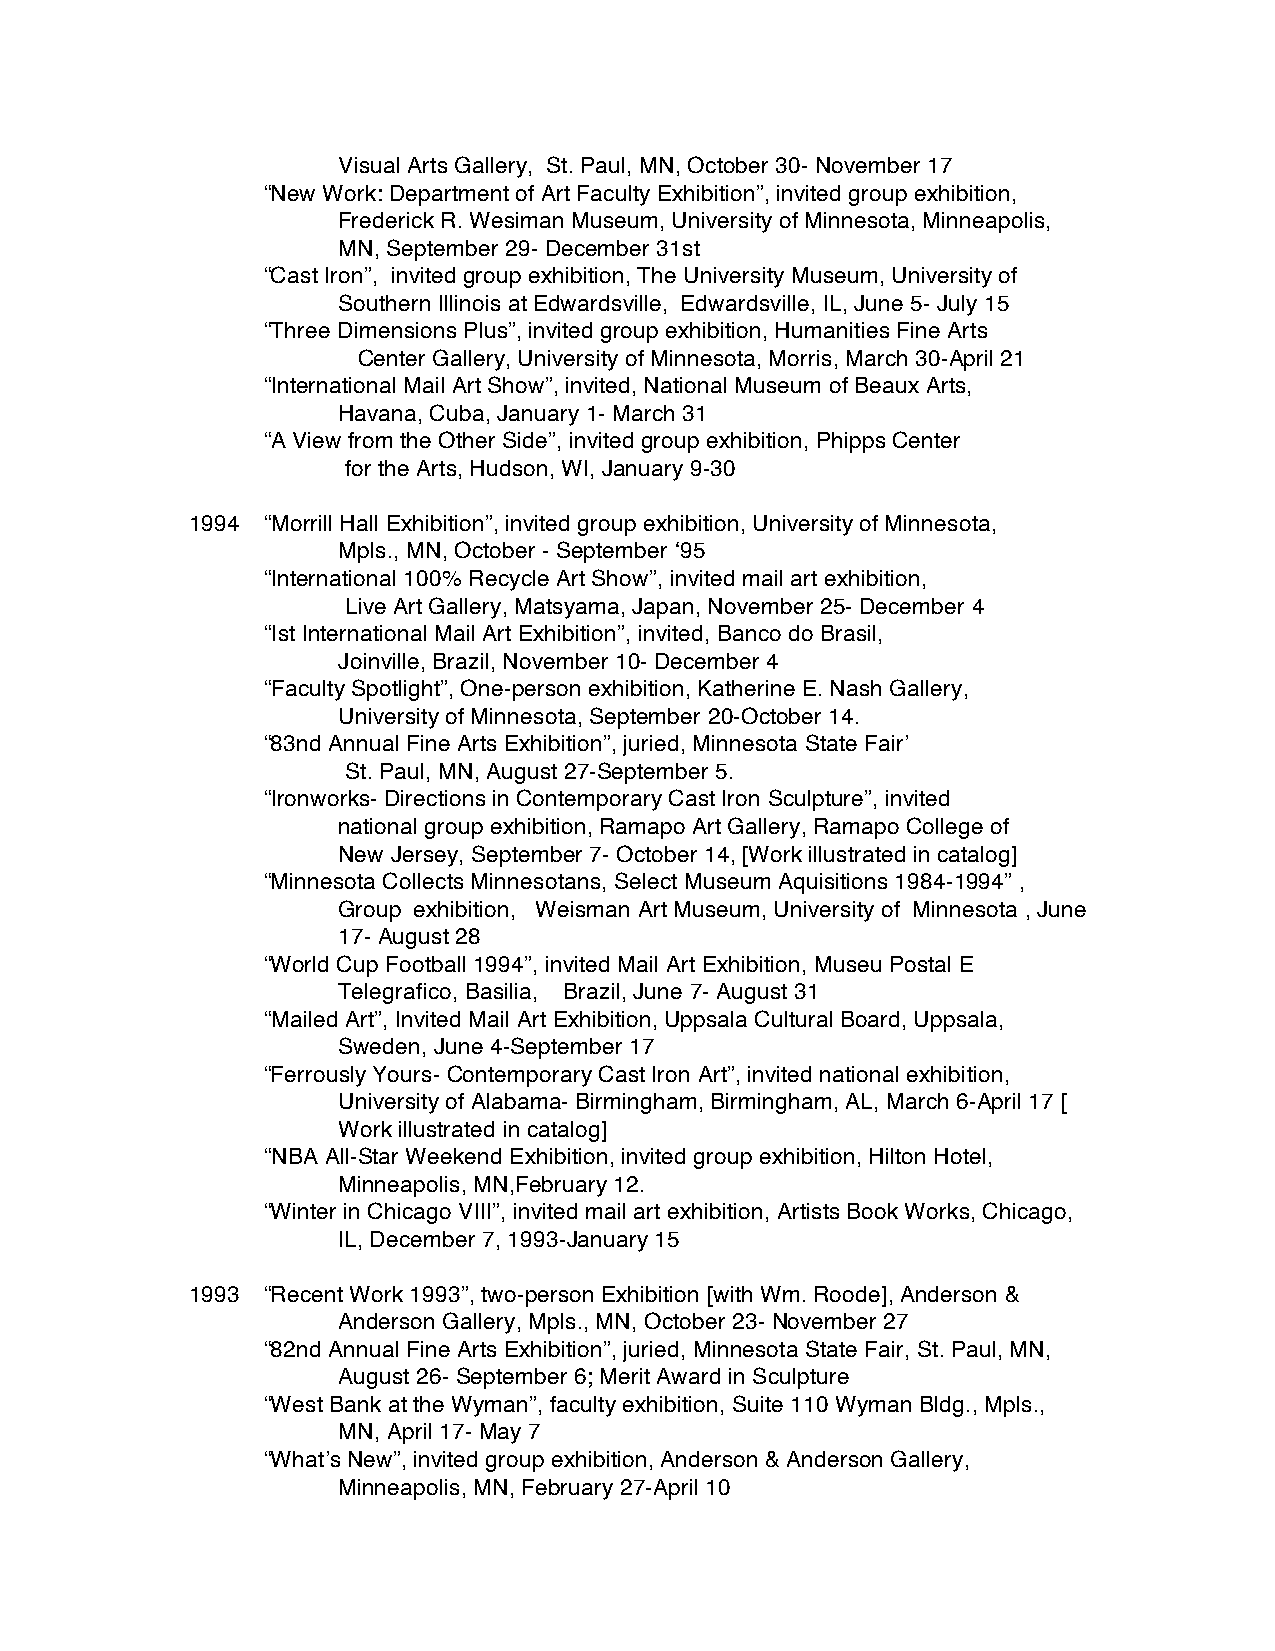
Visual Arts Gallery, St. Paul, MN, October 30- November 17
 “New Work: Department of Art Faculty Exhibition”, invited group exhibition,
 Frederick R. Wesiman Museum, University of Minnesota, Minneapolis,
 MN, September 29- December 31st
 “Cast Iron”, invited group exhibition, The University Museum, University of
 Southern Illinois at Edwardsville, Edwardsville, IL, June 5- July 15
 “Three Dimensions Plus”, invited group exhibition, Humanities Fine Arts
 Center Gallery, University of Minnesota, Morris, March 30-April 21
 “International Mail Art Show”, invited, National Museum of Beaux Arts,
 Havana, Cuba, January 1- March 31
 “A View from the Other Side”, invited group exhibition, Phipps Center
 for the Arts, Hudson, WI, January 9-30
 1994 “Morrill Hall Exhibition”, invited group exhibition, University of Minnesota,
 Mpls., MN, October - September ‘95
 “International 100% Recycle Art Show”, invited mail art exhibition,
 Live Art Gallery, Matsyama, Japan, November 25- December 4
 “Ist International Mail Art Exhibition”, invited, Banco do Brasil,
 Joinville, Brazil, November 10- December 4
 “Faculty Spotlight”, One-person exhibition, Katherine E. Nash Gallery,
 University of Minnesota, September 20-October 14.
 “83nd Annual Fine Arts Exhibition”, juried, Minnesota State Fair’
 St. Paul, MN, August 27-September 5.
 “Ironworks- Directions in Contemporary Cast Iron Sculpture”, invited
 national group exhibition, Ramapo Art Gallery, Ramapo College of
 New Jersey, September 7- October 14, [Work illustrated in catalog]
 “Minnesota Collects Minnesotans, Select Museum Aquisitions 1984-1994” ,
 Group exhibition, Weisman Art Museum, University of Minnesota , June
 17- August 28
 “World Cup Football 1994”, invited Mail Art Exhibition, Museu Postal E
 Telegrafico, Basilia, Brazil, June 7- August 31
 “Mailed Art”, Invited Mail Art Exhibition, Uppsala Cultural Board, Uppsala,
 Sweden, June 4-September 17
 “Ferrously Yours- Contemporary Cast Iron Art”, invited national exhibition,
 University of Alabama- Birmingham, Birmingham, AL, March 6-April 17 [
 Work illustrated in catalog]
 “NBA All-Star Weekend Exhibition, invited group exhibition, Hilton Hotel,
 Minneapolis, MN,February 12.
 “Winter in Chicago VIII”, invited mail art exhibition, Artists Book Works, Chicago,
 IL, December 7, 1993-January 15
 1993 “Recent Work 1993”, two-person Exhibition [with Wm. Roode], Anderson &
 Anderson Gallery, Mpls., MN, October 23- November 27
 “82nd Annual Fine Arts Exhibition”, juried, Minnesota State Fair, St. Paul, MN,
 August 26- September 6; Merit Award in Sculpture
 “West Bank at the Wyman”, faculty exhibition, Suite 110 Wyman Bldg., Mpls.,
 MN, April 17- May 7
 “What’s New”, invited group exhibition, Anderson & Anderson Gallery,
 Minneapolis, MN, February 27-April 10